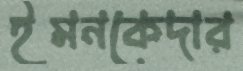
ইমনকেদার